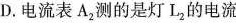
D.电流表A_{2}测的是灯L_{2}的电流